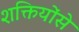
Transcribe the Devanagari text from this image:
शक्तियोंसे